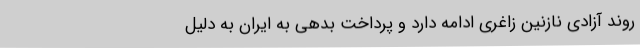
روند آزادی نازنین زاغری ادامه دارد و پرداخت بدهی به ایران به دلیل